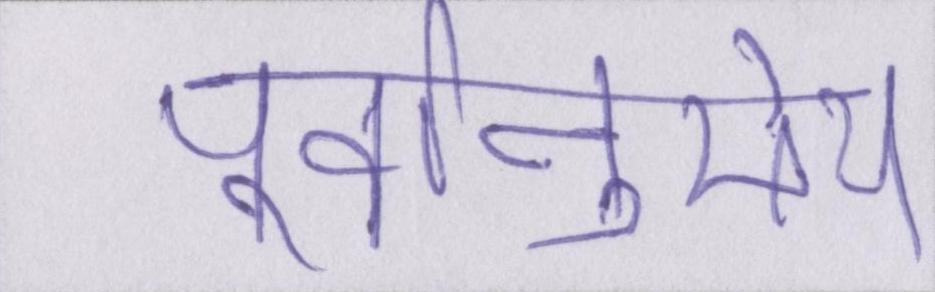
पूर्वानुमेय